NAE_ERA_R-1765_ENSV_Kirjanike_Liit_1945-1955, lk 9
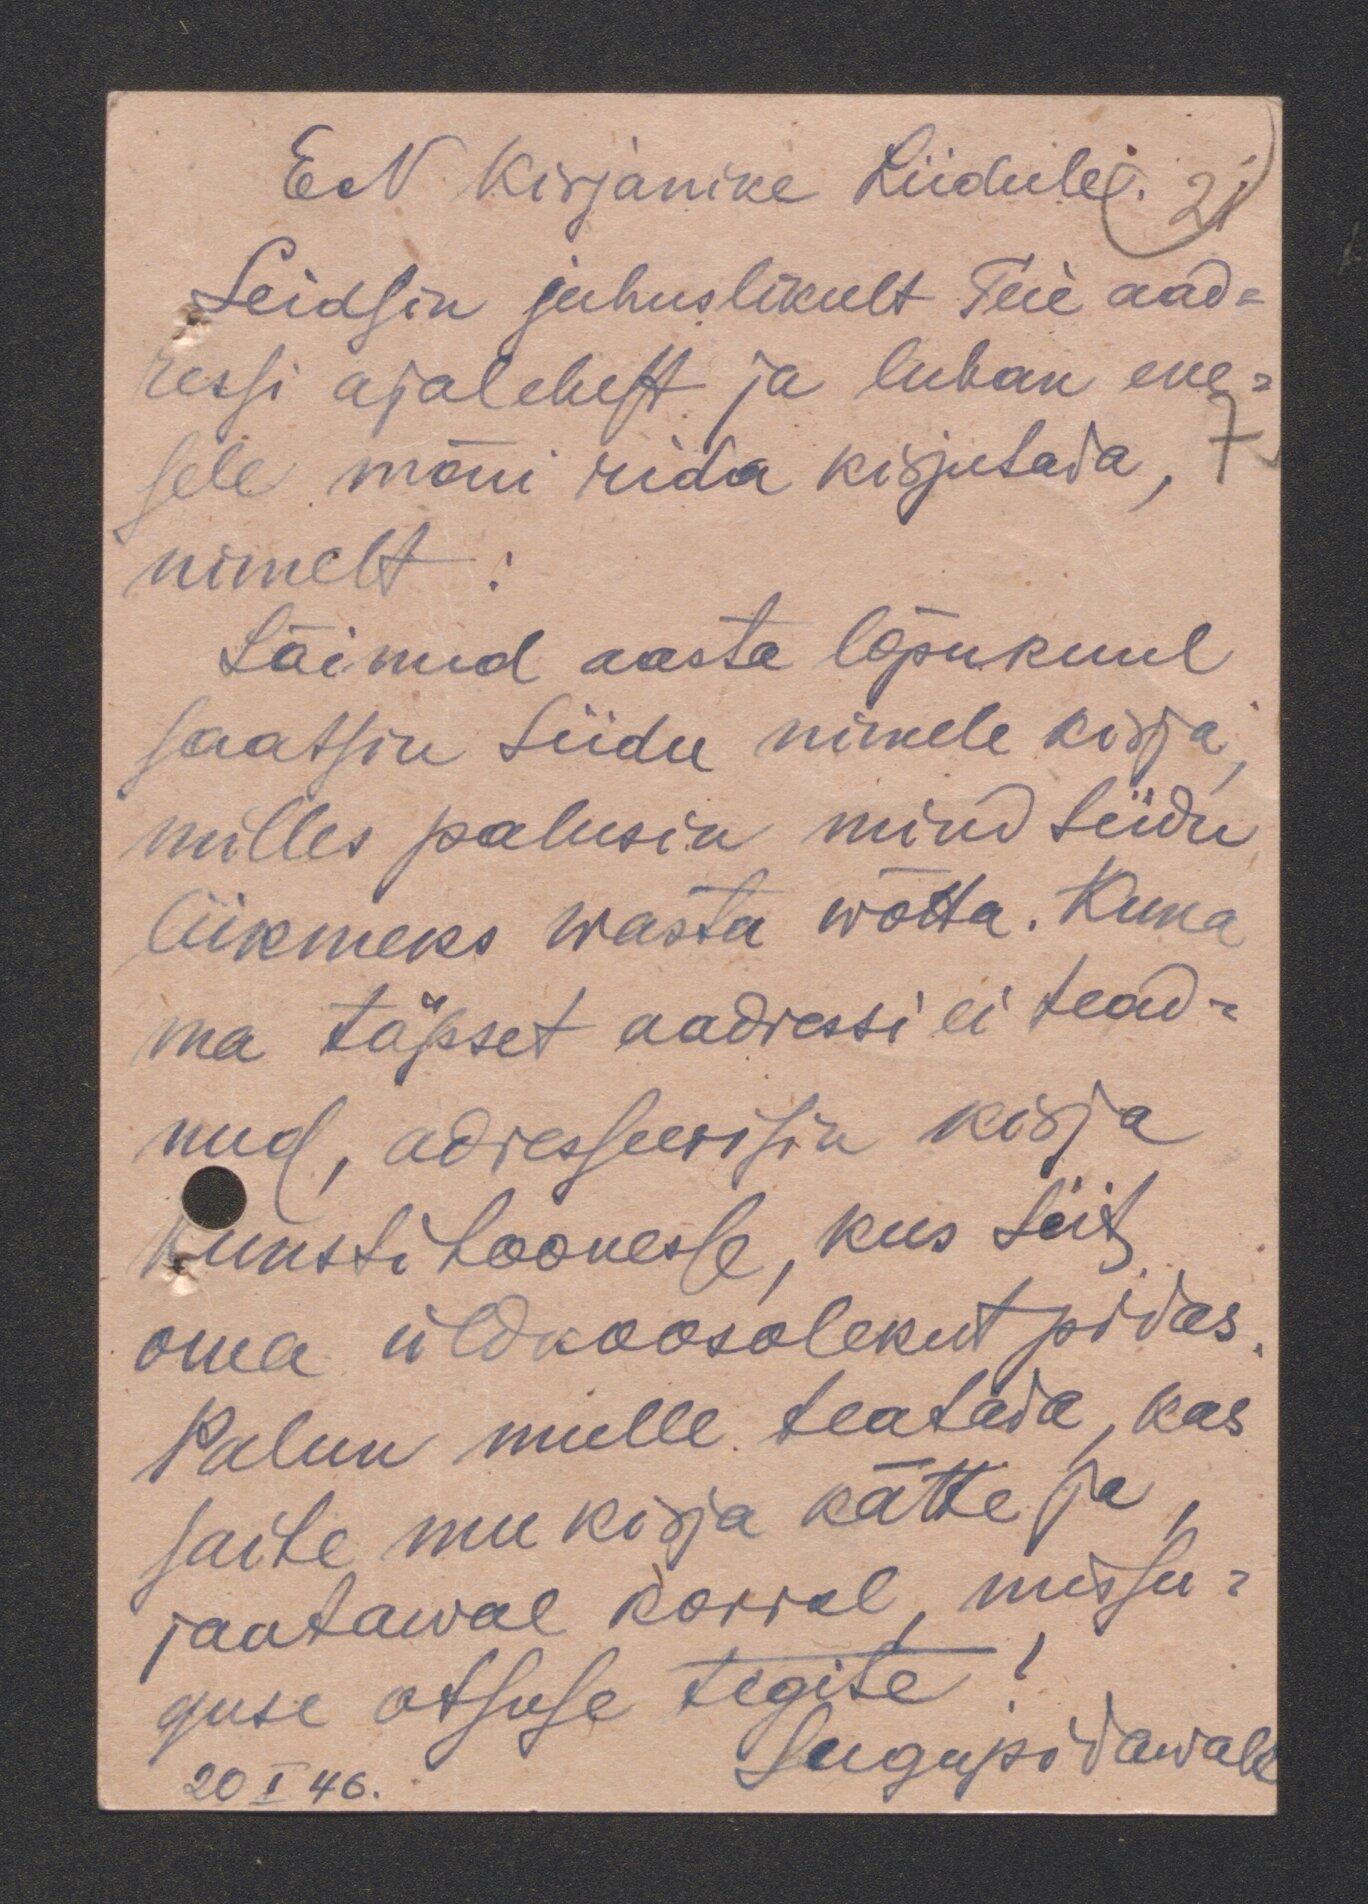
EN Kirjanike Liidule.
Leidsin juhuslikult Teie aad-
ressi ajalehest ja luban ene-
sele mõni rida kirjutada,
nimelt
Läinud aasta lõpukuul
saatsin Liidu nimele kirja
milles palusin mind liidu
liikmeks wasta wõtta. Kuna
ma täpset aadressi ei tead-
nud, adresseerisin kirja
Kunstihoonesse, kus liit
oma üldkoosolekut pidas
Palun mulle teatada, kas
saite mu kirja kätte ja
jaatawal korral, missu-
guse otsuse tegite
lugupidawalt
20 I 46.